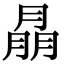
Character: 𦜳